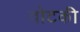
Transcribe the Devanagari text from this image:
वोटकी